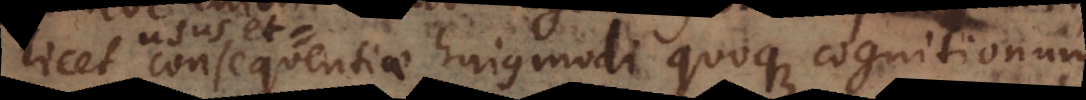
licet consequentiae hujusmodi quoque cognitionum